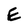
Character: E